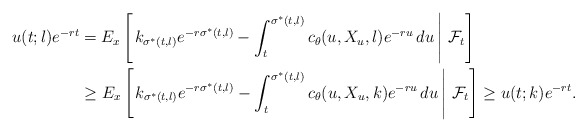
\begin{align*}u(t;l)e^{-rt} &= E_x\left[\left.k_{\sigma^{\ast}(t,l)}e^{-r\sigma^{\ast}(t,l)}-\int_t^{\sigma^{\ast}(t,l)}c_{\theta}(u,X_u,l)e^{-ru}\,du\,\right\vert\,\mathcal{F}_t \right] \\ &\geq E_x\left[\left.k_{\sigma^{\ast}(t,l)}e^{-r\sigma^{\ast}(t,l)}-\int_t^{\sigma^{\ast}(t,l)}c_{\theta}(u,X_u,k)e^{-ru}\,du\,\right\vert\,\mathcal{F}_t \right] \geq u(t;k)e^{-rt}.\end{align*}